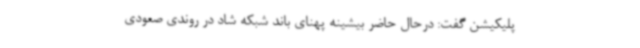
پلیکیشن گفت: درحال حاضر بیشینه پهنای باند شبکه شاد در روندی صعودی